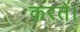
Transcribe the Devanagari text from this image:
करतें।